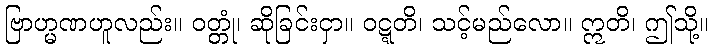
ဗြာဟ္မဏဟူလည်း။ ဝတ္တုံ၊ ဆိုခြင်းငှာ။ ဝဋ္ဋတိ၊ သင့်မည်လော။ ဣတိ၊ ဤသို့။